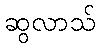
ဆွလာသ်